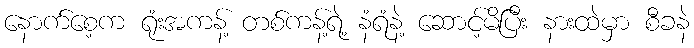
နောက်စေ့က ရုံးအကန့် တစ်ကန့်ရဲ့ နံရံနဲ့ ဆောင့်မိပြီး နားထဲမှာ စီခနဲ